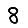
Digit: 8